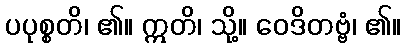
ပပုစ္စတိ၊ ၏။ ဣတိ၊ သို့။ ဝေဒိတဗ္ဗံ၊ ၏။